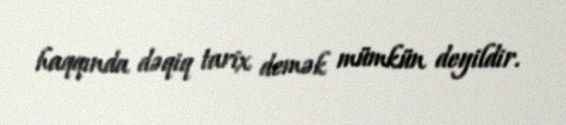
haqqında dəqiq tarix demək mümkün deyildir.